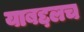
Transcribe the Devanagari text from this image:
याबद्दलच